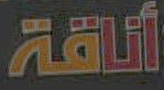
أناقة